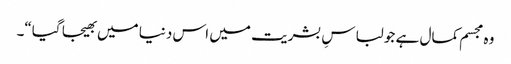
وہ مجسم کمال ہے جو لباسِ بشریت میں اس دنیا میں بھیجا گیا“۔